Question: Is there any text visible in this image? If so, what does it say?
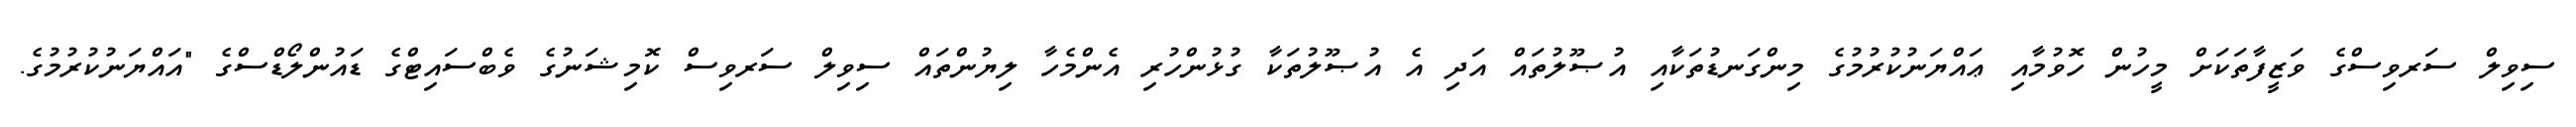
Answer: ސިވިލް ސަރވިސްގެ ވަޒީފާތަކަށް މީހުން ހޮވުމާއި ޢައްޔަނުކުރުމުގެ މިންގަނޑުތަކާއި އުޞޫލުތައް އަދި އެ އުޞޫލުތަކާ ގުޅުންހުރި އެންމެހާ ލިޔުންތައް ސިވިލް ސަރވިސް ކޮމިޝަނުގެ ވެބްސައިޓްގެ ޑައުންލޯޑްސްގެ "އައްޔަނުކުރުމުގެ.